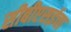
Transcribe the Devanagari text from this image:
सीबीएसईचा